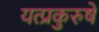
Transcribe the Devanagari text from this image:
यत्प्रकुरुषे